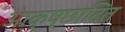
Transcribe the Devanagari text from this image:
आक्ष्छादित